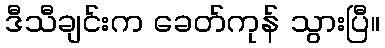
ဒီသီချင်းက ခေတ်ကုန် သွားပြီ။